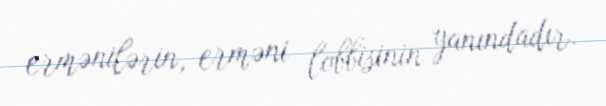
ermənilərin, erməni lobbisinin yanındadır.